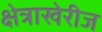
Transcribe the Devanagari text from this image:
क्षेत्राखेरीज